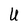
Character: U